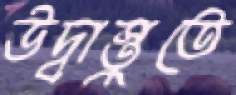
উদ্বাস্তুতে